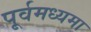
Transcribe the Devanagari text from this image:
पूर्वमध्यमा